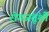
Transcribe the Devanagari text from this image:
रोगजंतूंशी